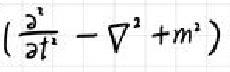
$\left(\frac{\partial^{2}}{\partial t^{2}}-\nabla^{2}+m^{2}\right)$